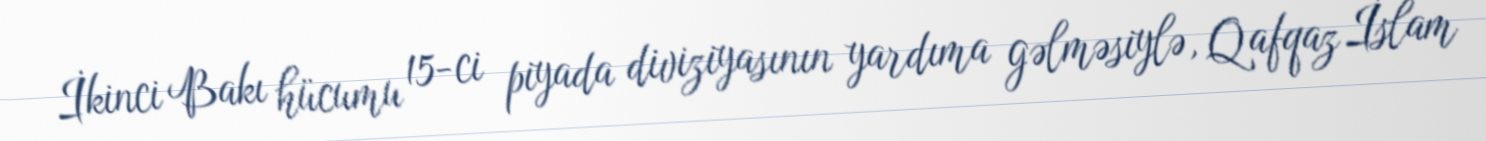
İkinci Bakı hücumu 15-ci piyada diviziyasının yardıma gəlməsiylə, Qafqaz İslam